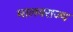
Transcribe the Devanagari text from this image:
मालवराज्य